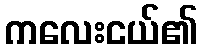
ကလေးငယ်၏